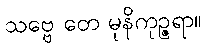
သဗ္ဗေ တေ မုနိကုဉ္ဇရာ။